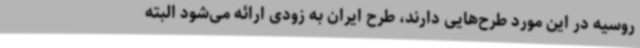
روسیه در این مورد طرح‌هایی دارند، طرح ایران به زودی ارائه می‌شود البته